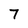
Character: 7